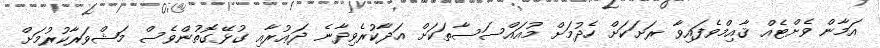
އަމާން ވެށްޓެއް ޤާއިމްވެފައިވާ ރަށަަކަށް ހެދުމަށް މުއައްސަސާތަކަށް އަދާކުރެވިދާނެ ދަޢުރާއި ގުޅޭގޮތުންވެސް މަޝްވަރާކުރުމަށް